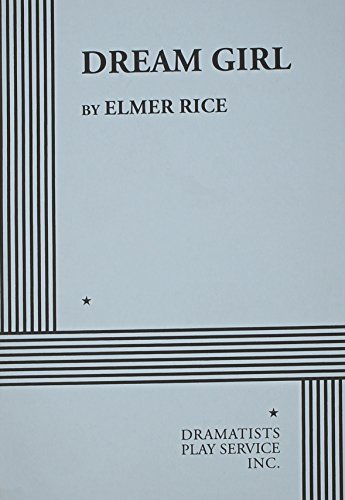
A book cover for Dream Girl.; Elmer Rice; Humor & Entertainment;